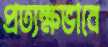
প্রত্যক্ষভাবে